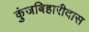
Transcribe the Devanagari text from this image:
कुंजबिहारीदास